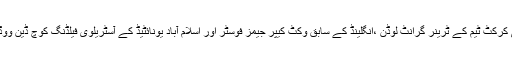
نجی ٹی وی جیو نیوز کے مطابق پاکستانی کرکٹ ٹیم کے ٹرینر گرانٹ لوڈن ،انگلینڈ کے سابق وکٹ کیپر جیمز فوسٹر اور اسلام آباد یونائٹیڈ کے آسٹریلوی فیلڈنگ کوچ ڈین ووڈ فورڈ نئے فیلڈنگ کوچ کیلئے امیدوار ہیں۔